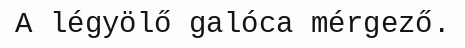
A légyölő galóca mérgező.